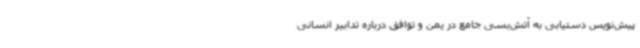
پیش‌نویس دستیابی به آتش‌بسی جامع در یمن و توافق درباره تدابیر انسانی